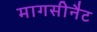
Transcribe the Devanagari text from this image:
मागसीनैट